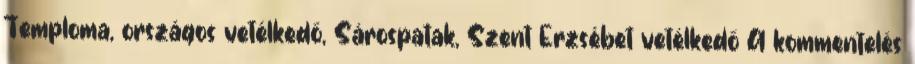
Temploma, országos vetélkedő, Sárospatak, Szent Erzsébet vetélkedő A kommentelés